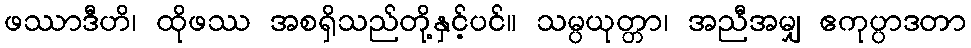
ဖဿာဒီဟိ၊ ထိုဖဿ အစရှိသည်တို့နှင့်ပင်။ သမ္ပယုတ္တာ၊ အညီအမျှ ဧကုပ္ပာဒတာ